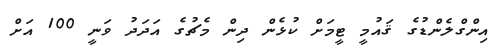
އިންގްލެންޑުގެ ޤައުމީ ޓީމަށް ކުޅެން ދިން މެޗުގެ އަދަދު ވަނީ 100 އަށް